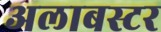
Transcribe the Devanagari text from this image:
अलाबस्टर